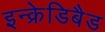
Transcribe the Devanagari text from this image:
इन्क्रेडिबैड